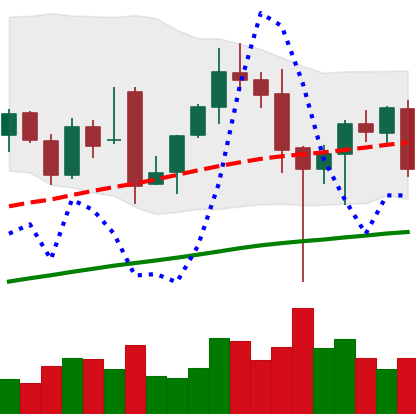
Ticker: ETH-USD
Chart end date: 2021-12-09
Forward return: -9.087%
Label: down_7plus